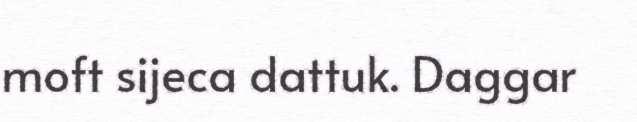
moft sijeca dattuk. Daggar